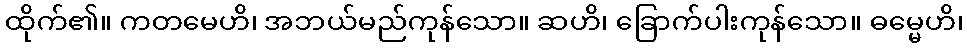
ထိုက်၏။ ကတမေဟိ၊ အဘယ်မည်ကုန်သော။ ဆဟိ၊ ခြောက်ပါးကုန်သော။ ဓမ္မေဟိ၊